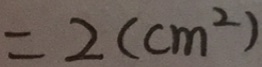
= 2 ( c m ^ { 2 } )